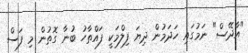
"އާދޭސް" ނަމުގައި ހަދަމުން ދިޔަ ފިލްމަކީ ފައްތާހު ބުނާ ގޮތުން މި ފަސް